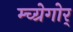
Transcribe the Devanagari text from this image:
म्च्ग्रेगोर्